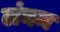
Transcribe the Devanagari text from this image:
लंघम